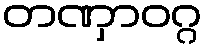
တဏှာဝဂ္ဂ